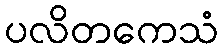
ပလိတကေသံ